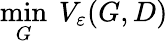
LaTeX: \operatorname*{min}_{G}~V_{\varepsilon}(G,D)